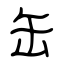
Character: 缶